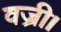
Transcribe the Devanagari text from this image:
वज्री।